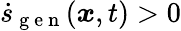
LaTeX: \dot{s}_{\mathrm{~g~e~n~}}(\boldsymbol{x},t)>0